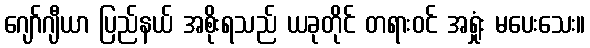
ဂျော်ဂျီယာ ပြည်နယ် အစိုးရသည် ယခုတိုင် တရားဝင် အရှုံး မပေးသေး။